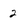
Character: 2